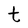
Character: t